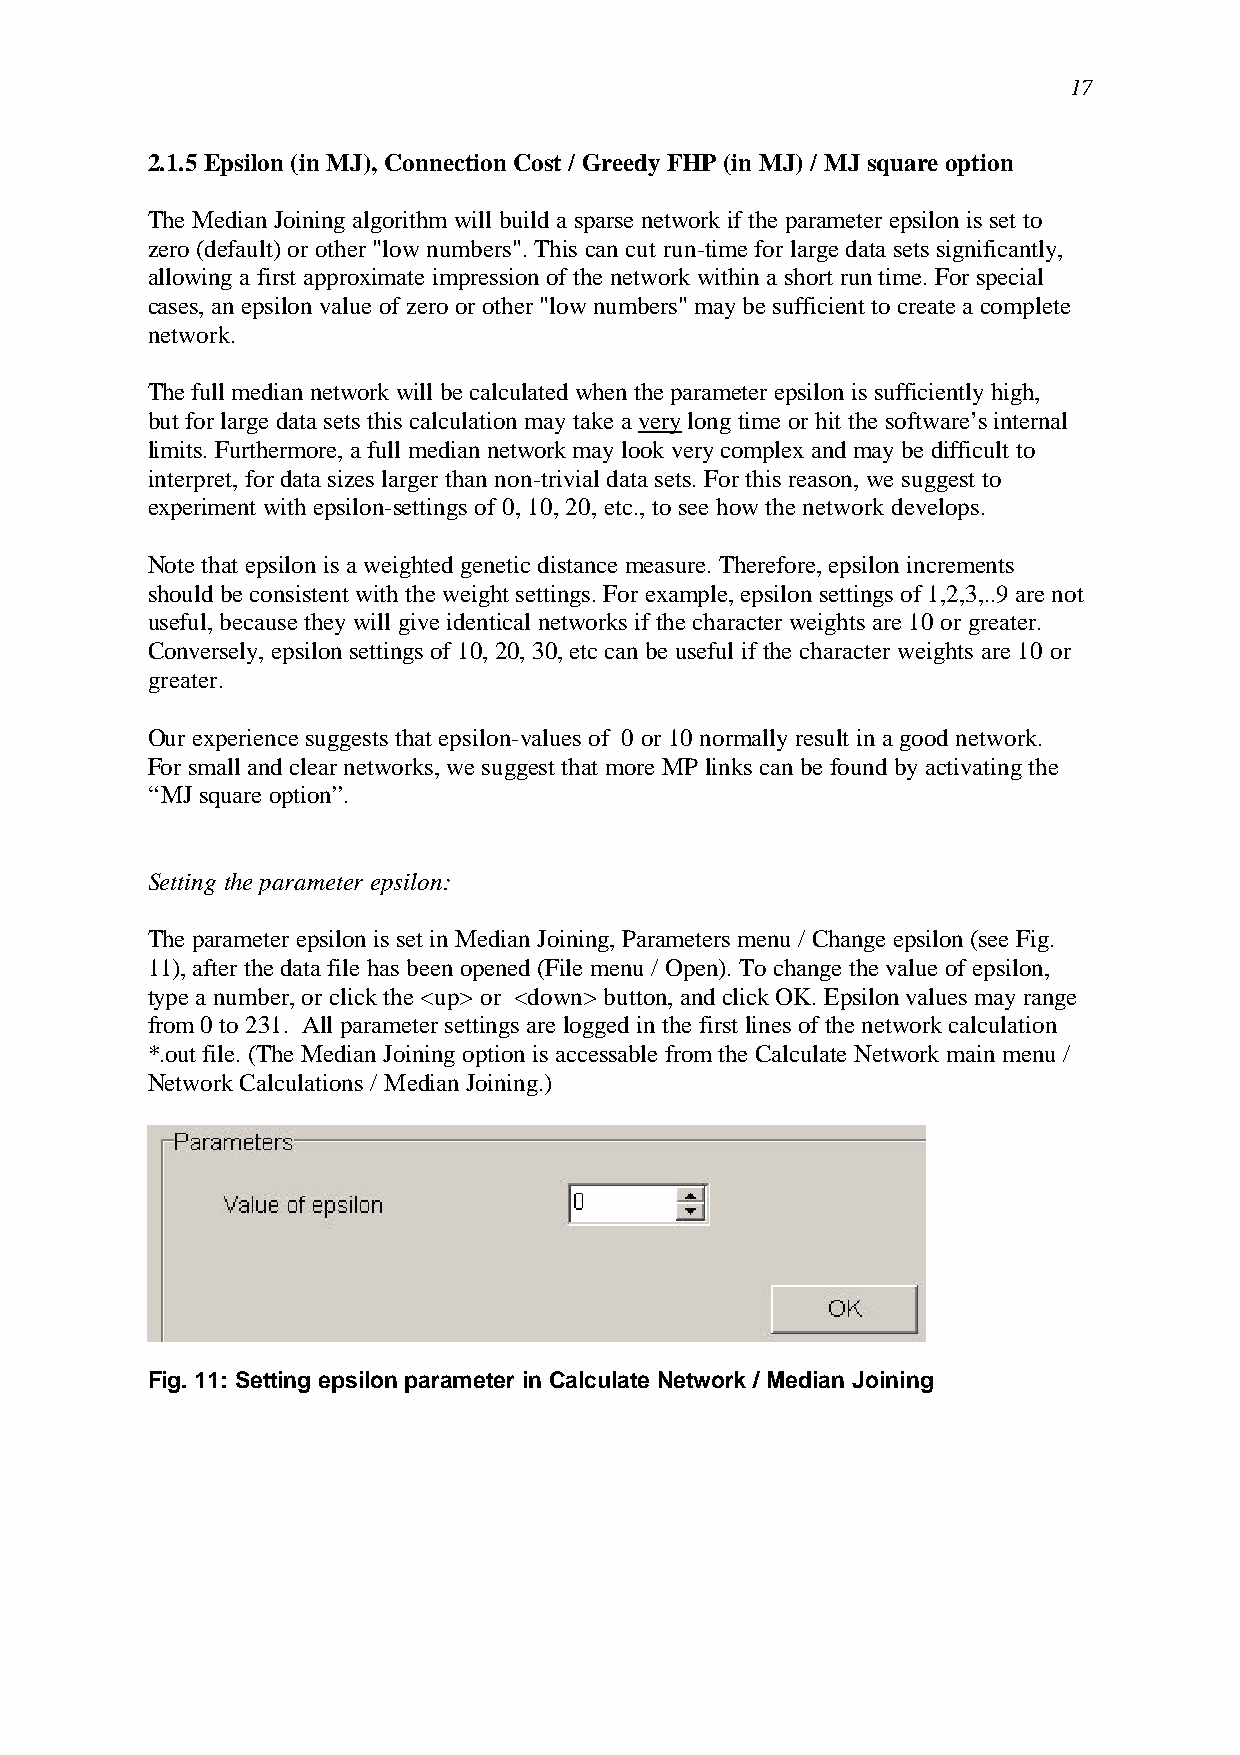
17
 2.1.5 Epsilon (in MJ), Connection Cost / Greedy FHP (in MJ) / MJ square option
 The Median Joining algorithm will build a sparse network if the parameter epsilon is set to
 zero (default) or other "low numbers". This can cut run-time for large data sets significantly,
 allowing a first approximate impression of the network within a short run time. For special
 cases, an epsilon value of zero or other "low numbers" may be sufficient to create a complete
 network.
 The full median network will be calculated when the parameter epsilon is sufficiently high,
 but for large data sets this calculation may take a very long time or hit the software’s internal
 limits. Furthermore, a full median network may look very complex and may be difficult to
 interpret, for data sizes larger than non-trivial data sets. For this reason, we suggest to
 experiment with epsilon-settings of 0, 10, 20, etc., to see how the network develops.
 Note that epsilon is a weighted genetic distance measure. Therefore, epsilon increments
 should be consistent with the weight settings. For example, epsilon settings of 1,2,3,..9 are not
 useful, because they will give identical networks if the character weights are 10 or greater.
 Conversely, epsilon settings of 10, 20, 30, etc can be useful if the character weights are 10 or
 greater.
 Our experience suggests that epsilon-values of 0 or 10 normally result in a good network.
 For small and clear networks, we suggest that more MP links can be found by activating the
 “MJ square option”.
 Setting the parameter epsilon:
 The parameter epsilon is set in Median Joining, Parameters menu / Change epsilon (see Fig.
 11), after the data file has been opened (File menu / Open). To change the value of epsilon,
 type a number, or click the <up> or <down> button, and click OK. Epsilon values may range
 from 0 to 231. All parameter settings are logged in the first lines of the network calculation
 *.out file. (The Median Joining option is accessable from the Calculate Network main menu /
 Network Calculations / Median Joining.)
 Fig. 11: Setting epsilon parameter in Calculate Network / Median Joining